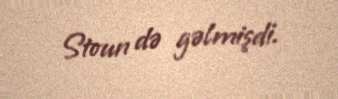
Stoun də gəlmişdi.